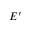
E ^ { \prime }